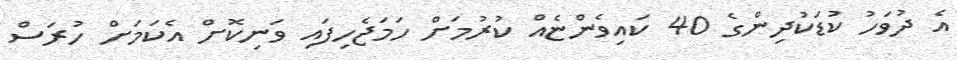
އެ ދުވަހު ކުޑަކުދިންގެ 40 ކައިވެންޏެއް ކުރުމަށް ހަމަޖެހިފައި ވަނިކޮށް އެކަމަށް ހުރަސް